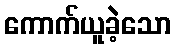
ကောက်ယူခဲ့သော